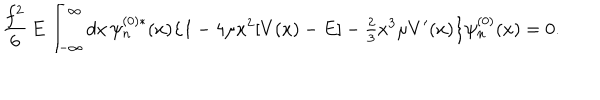
\frac { f ^ { 2 } } { 6 } \, E \int _ { - \infty } ^ { \infty } d x \, \psi _ { n } ^ { ( 0 ) * } ( x ) \bigl \{ 1 - 4 \mu x ^ { 2 } [ V ( x ) - E ] - { \textstyle \frac { 2 } { 3 } } x ^ { 3 } \mu V ^ { \prime } ( x ) \bigr \} \psi _ { n } ^ { ( 0 ) } ( x ) = 0 .